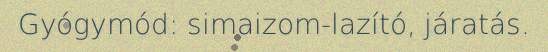
Gyógymód: simaizom-lazító, járatás.